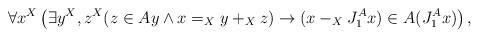
LaTeX: \begin{align*}\forall x^X\left(\exists y^X,z^X(z\in Ay\land x=_Xy+_X z)\rightarrow (x-_XJ^A_{1}x)\in A(J^A_{1}x)\right),\end{align*}